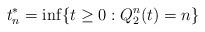
LaTeX: \begin{align*}t_n^* = \inf\{t \ge 0 : Q^n_2(t) = n\}\end{align*}